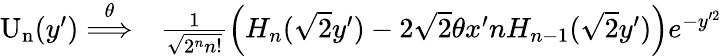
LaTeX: \begin{array}{rl}{\mathrm{U_{n}}(y^{\prime})\overset{\theta}{\Longrightarrow}}&{{}\frac{1}{\sqrt{2^{n}n!}}\left(H_{n}(\sqrt{2}y^{\prime})-2\sqrt{2}\theta x^{\prime}nH_{n-1}(\sqrt{2}y^{\prime})\right)e^{-y^{\prime 2}}}\end{array}